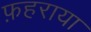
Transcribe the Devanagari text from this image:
फ़हराया